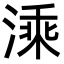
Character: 溗